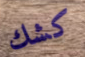
كشك